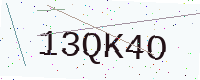
Text: 13QK4O